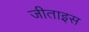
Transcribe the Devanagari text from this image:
जीताइस